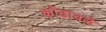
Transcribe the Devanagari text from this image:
कोंढावळे